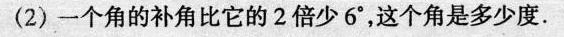
(2)一个角的补角比它的2倍少6°，这个角是多少度。